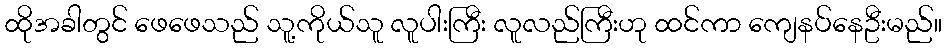
ထိုအခါတွင် ဖေဖေသည် သူ့ကိုယ်သူ လူပါးကြီး လူလည်ကြီးဟု ထင်ကာ ကျေနပ်နေဦးမည်။